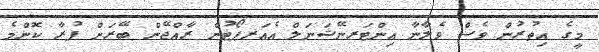
މީގެ އިތުރުން ވެސް ވެލާނާ އިންޓަރނޭޝަނަލް އެއަރޕޯޓުން ރާއްޖޭން ބޭރަށް ފުރާ ކޮންމެ